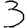
Digit: 3